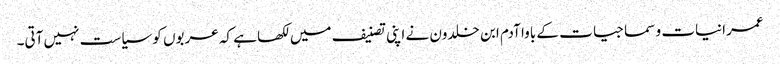
عمرانیات و سماجیات کے باوا آدم ابن خلدون نے اپنی تصنیف میں لکھا ہے کہ عربوں کو سیاست نہیں آتی۔